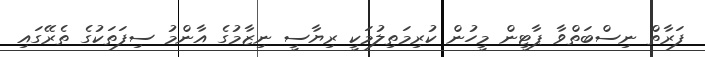
ފަރާތް ނިސްބަތްވާ ޕާޓީން މީހުން ކުރިމަތިލުމަކީ ރިޔާސީ ނިޒާމުގެ އާންމު ސިފަތަކުގެ ތެރޭގައި